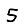
Digit: 5